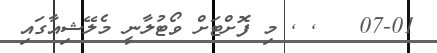
07-01